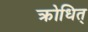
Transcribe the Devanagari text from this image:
क्रोधित्